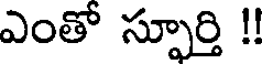
ఎంతో స్పూర్తి !!